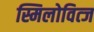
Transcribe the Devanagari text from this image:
स्मिलोवित्ज